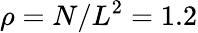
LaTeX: \rho=N/L^{2}=1.2